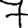
Digit: 7